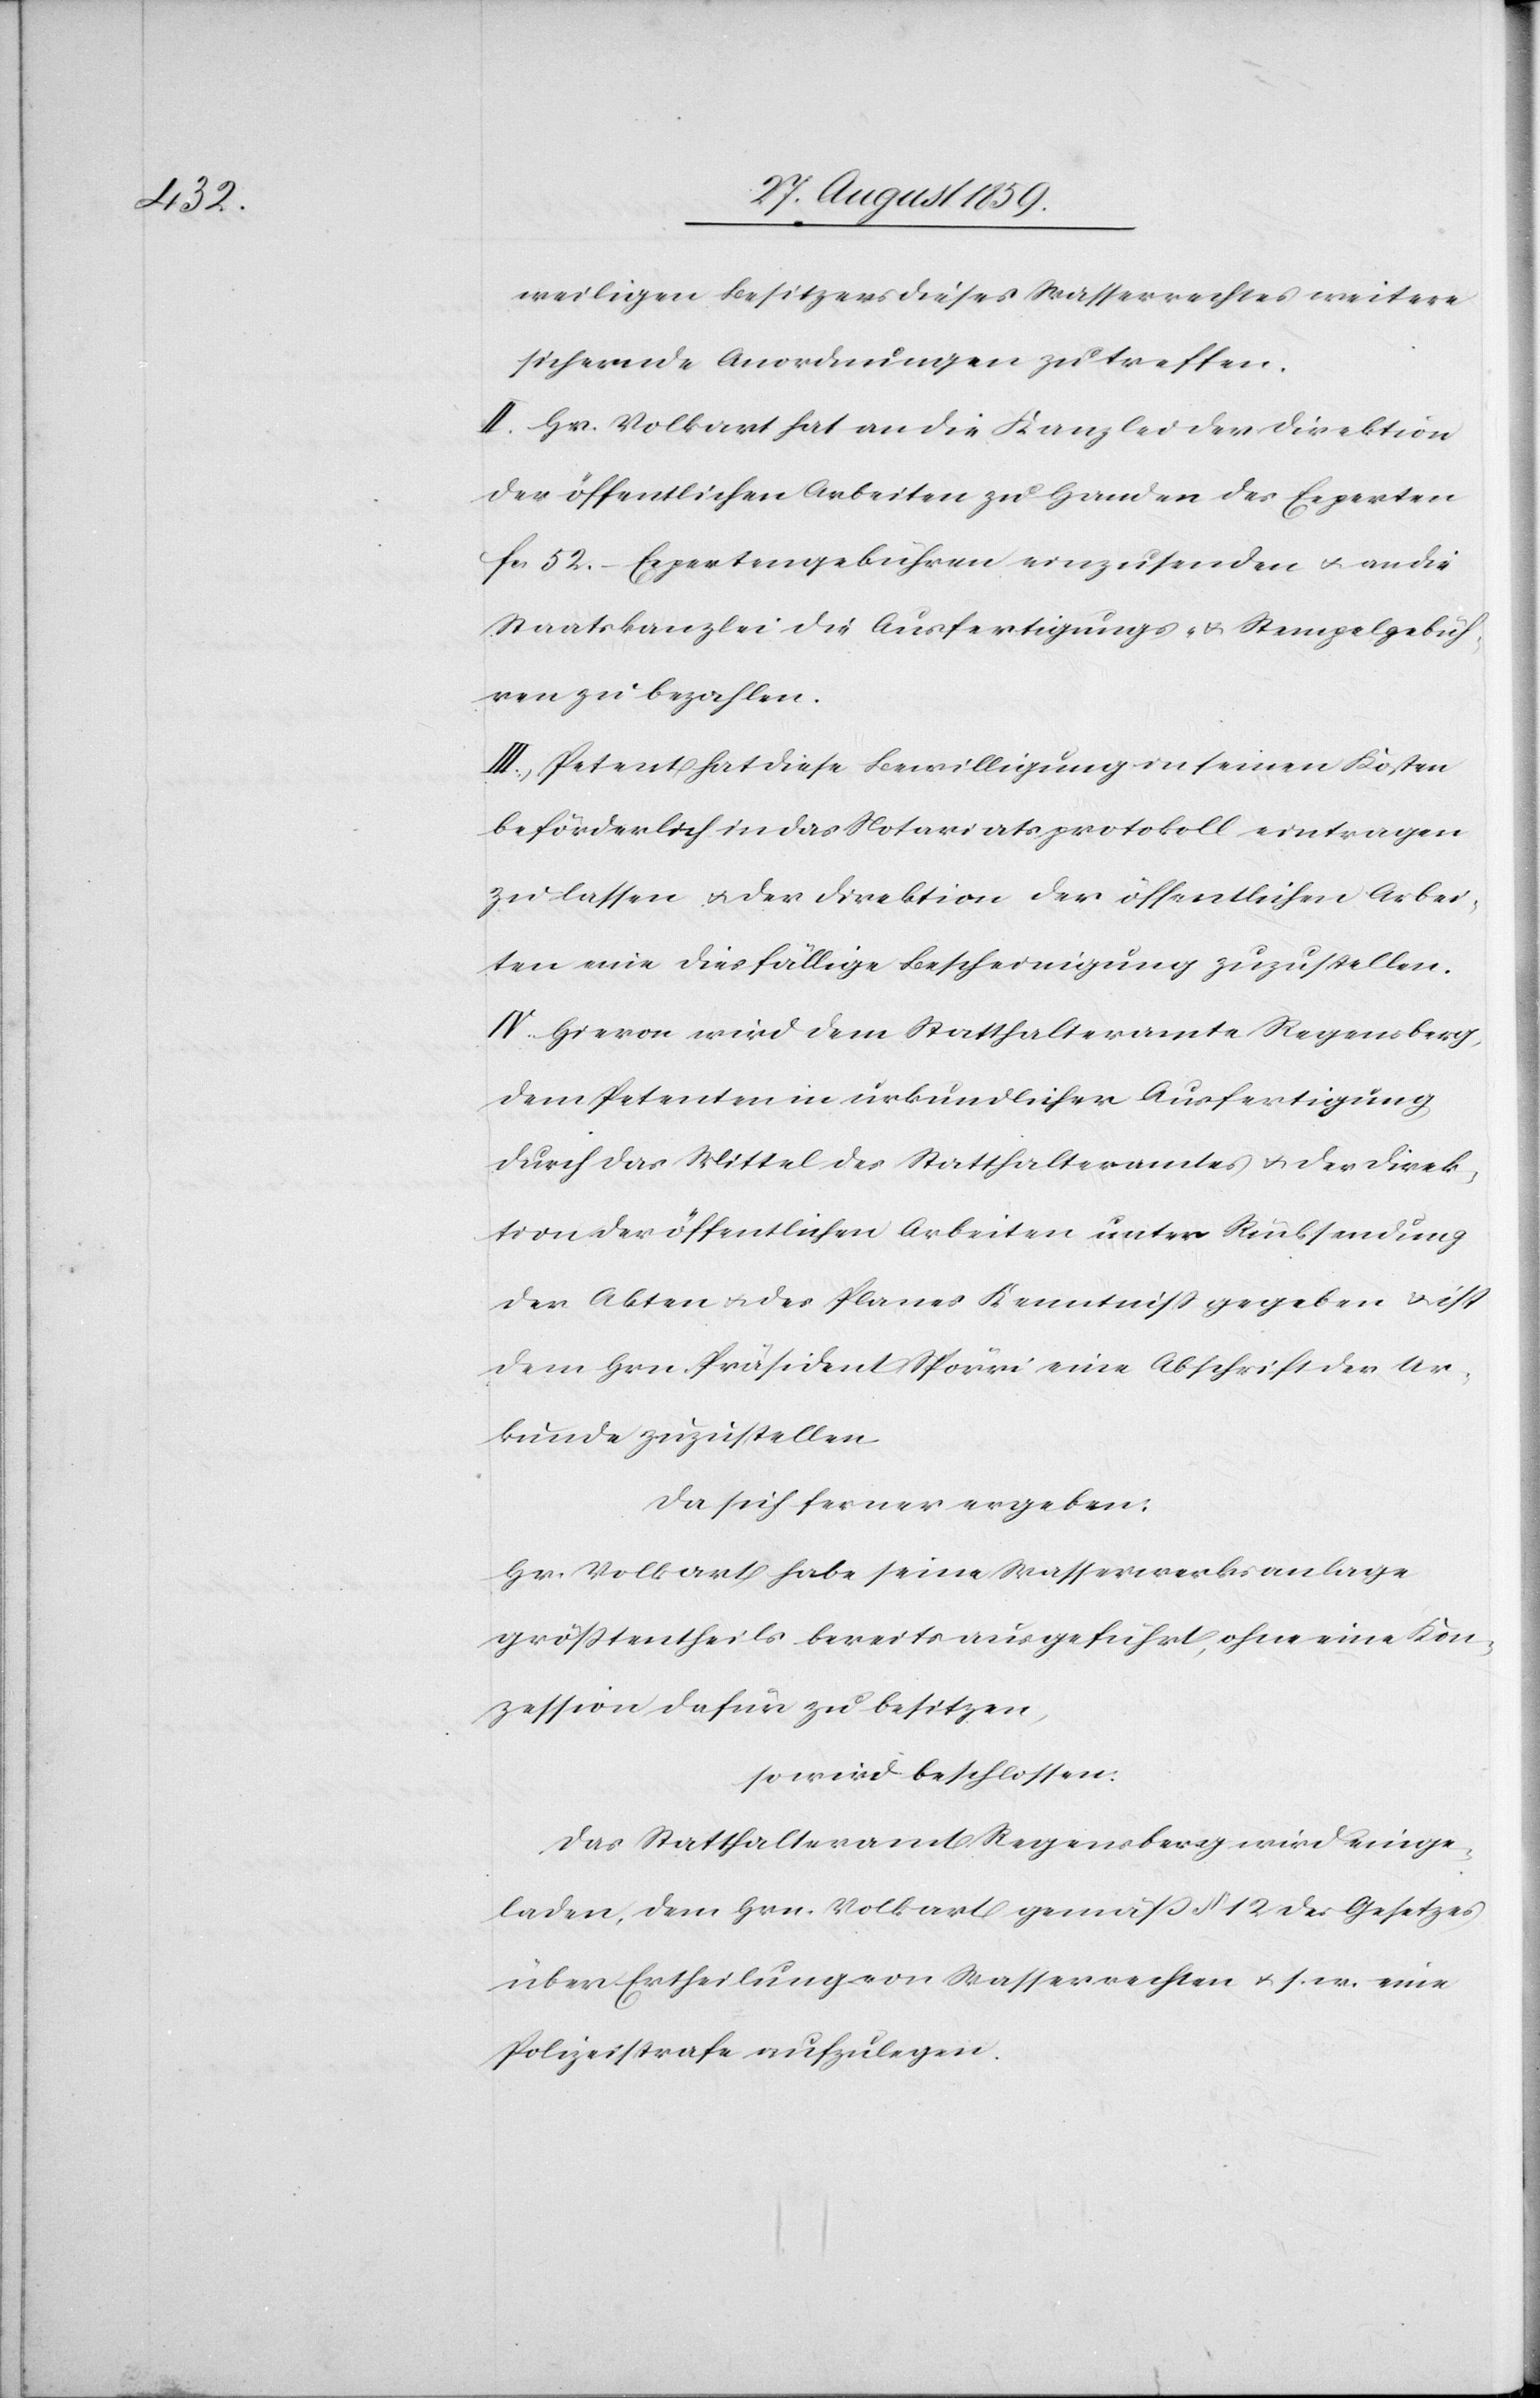
weiligen Besitzers dieses Wasserrechtes weitere
sichernde Anordnungen zu treffen.
II. Hr. Volkart hat an die Kanzlei der Direktion
der öffentlichen Arbeiten zu Handen des Experten
fcs. 52.– Expertengebühren einzusenden & an die
Staatskanzlei die Ausfertigungs- & Stempelgebüh¬
ren zu bezahlen.
III. Petent hat diese Bewilligung in seinen Kosten
beförderlich in das Notariatsprotokoll eintragen
zu lassen & der Direktion der öffentlichen Arbei¬
ten eine diesfällige Bescheinigung zuzustellen.
IV. Hievon wird dem Statthalteramte Regensberg,
dem Petenten in urkundlicher Ausfertigung
durch das Mittel des Statthalteramtes & der Direk¬
tion der öffentlichen Arbeiten unter Rücksendung
der Akten & des Planes Kenntniß gegeben & ist
dem Hrn. Präsident Spörri eine Abschrift der Ur¬
kunde zuzustellen.
Da sich ferner ergeben:
Hr. Volkart habe seine Wasserwerksanlage
größtentheils bereits ausgeführt, ohne eine Kon¬
zession dafür zu besitzen,
so wird beschlossen:
Das Statthalteramt Regensberg wird einge¬
laden, dem Hrn. Volkart gemäß § 12 des Gesetzes
über Ertheilung von Wasserrechten &. s. w. eine
Polizeistrafe aufzulegen.